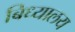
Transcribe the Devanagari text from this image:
बिध्यालय